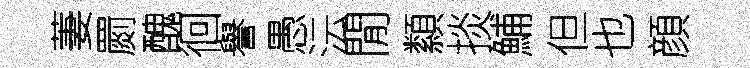
萋罽醜徊譽愚沄閒纇掞鯆但也顔